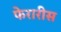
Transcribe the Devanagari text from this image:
फेरारीस